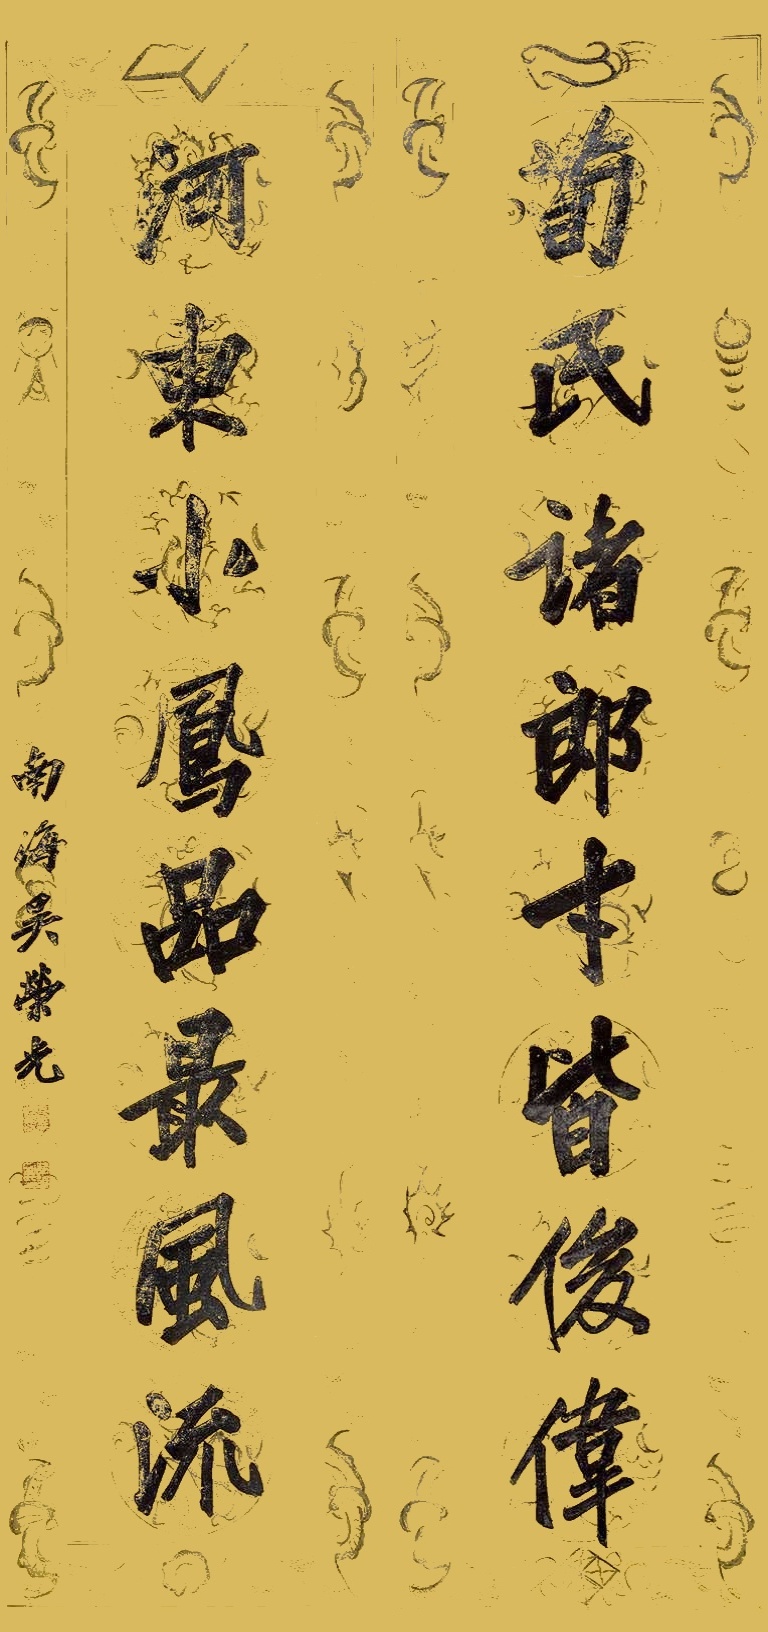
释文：荀氏诸郎才皆俊伟，河东小凤品最风流。南海吴荣光。